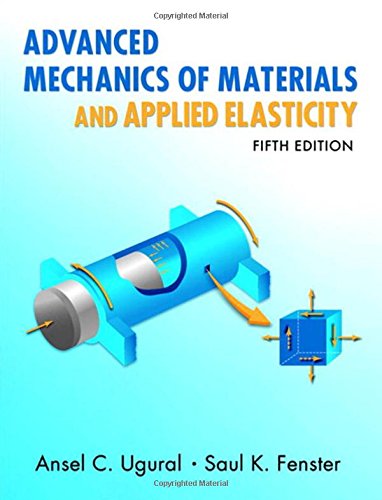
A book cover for Advanced Mechanics of Materials and Applied Elasticity (5th Edition); Ansel C. Ugural; Engineering & Transportation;